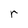
Character: r